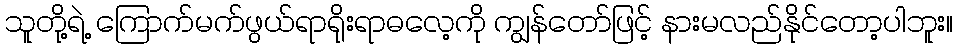
သူတို့ရဲ့ ကြောက်မက်ဖွယ်ရာရိုးရာဓလေ့ကို ကျွန်တော်ဖြင့် နားမလည်နိုင်တော့ပါဘူး။